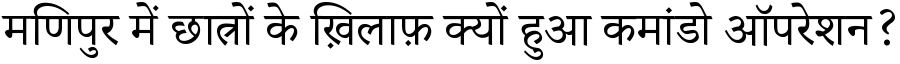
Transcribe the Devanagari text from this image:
मणिपुर में छात्रों के ख़िलाफ़ क्यों हुआ कमांडो ऑपरेशन?